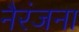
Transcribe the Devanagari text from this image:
नैरंजना